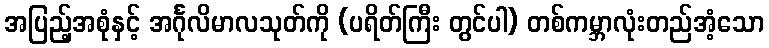
အပြည့်အစုံနှင့် အင်္ဂုလိမာလသုတ်ကို (ပရိတ်ကြီး တွင်ပါ) တစ်ကမ္ဘာလုံးတည်အံ့သော